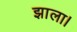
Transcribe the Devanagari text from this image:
झाला।